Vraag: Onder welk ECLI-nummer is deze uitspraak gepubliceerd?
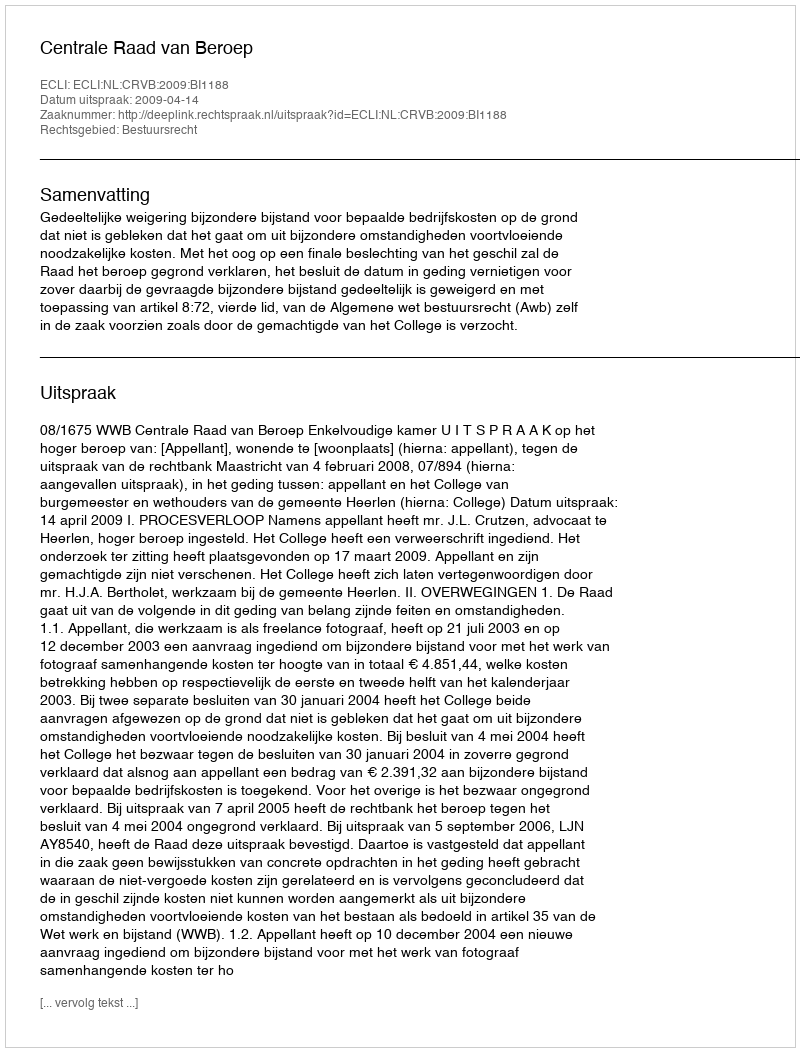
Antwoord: ECLI:NL:CRVB:2009:BI1188